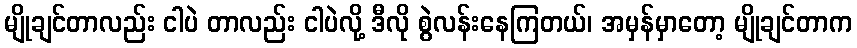
မျိုချင်တာလည်း ငါပဲ တာလည်း ငါပဲလို့ ဒီလို စွဲလန်းနေကြတယ်၊ အမှန်မှာတော့ မျိုချင်တာက